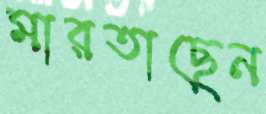
মারতাছেন